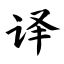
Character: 译